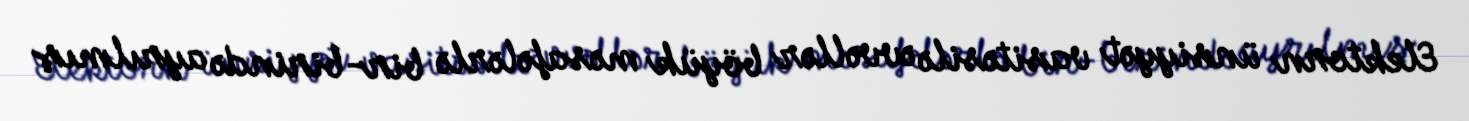
Elektorn ünsiyyət vasitəsilə əvvəllər böyük məsafələrlə bir-birində ayrılmış